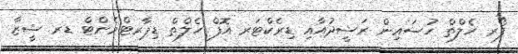
ފޯރ ހެލްތް ހުސައިން ރަޝީދުއާއި ޑިރެކްޓަރ އޮފް ހެލްތް ޑިޕާރޓްމެންޓް ޑރ ޝީޒާ